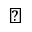
\sun